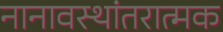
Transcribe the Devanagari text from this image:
नानावस्थांतरात्मक